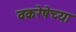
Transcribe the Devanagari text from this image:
वक्ररेषेच्या